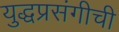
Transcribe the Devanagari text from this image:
युद्धप्रसंगीची